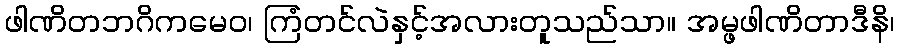
ဖါဏိတဘဂိကမေဝ၊ ကြံတင်လဲနှင့်အလားတူသည်သာ။ အမ္ဖဖါဏိတာဒီနိ၊